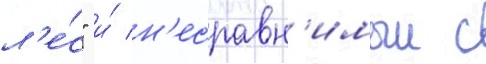
л'е́с" и́ н'есравн'имыи с